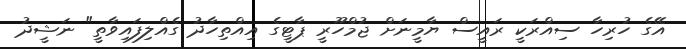
އޭގެ ހުރިހާ ސިއްރަކީ ރައީސް ޔާމީނަށް ޖުމްހޫރީ ޕާޓީގެ އިއްތިހާދު ގެއްލިފައިވާތީ" ނަޝީދު